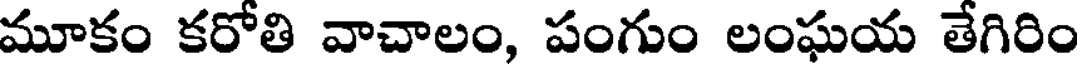
మూకం కరోతి వాచాలం, పంగుం లంఘయ తేగిరిం